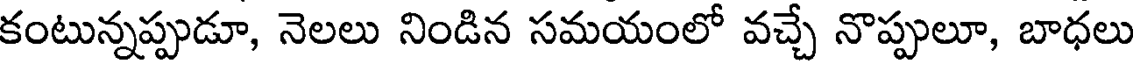
కంటున్నప్పుడూ, నెలలు నిండిన సమయంలో వచ్చే నొప్పులూ, బాధలు